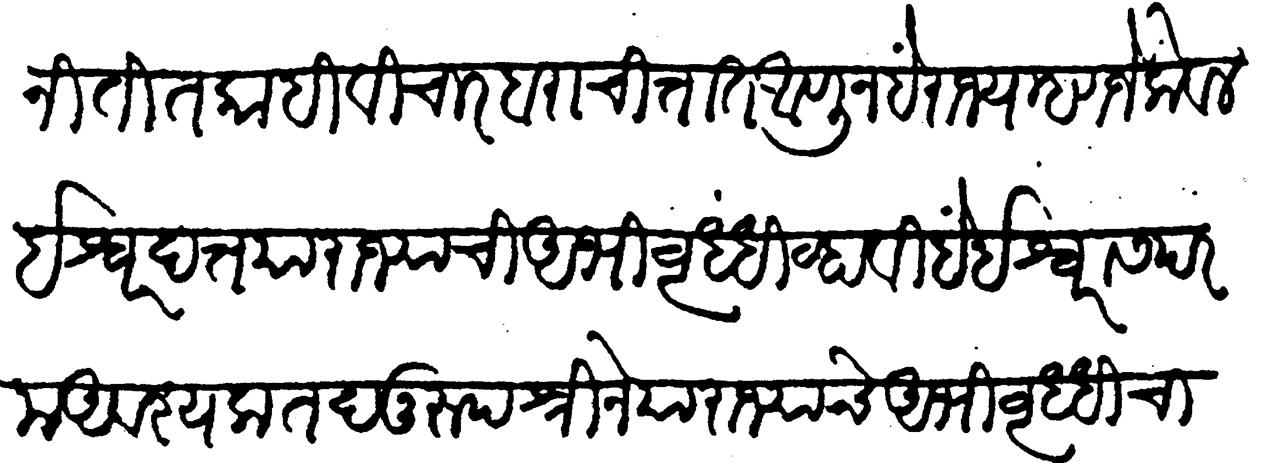
Transliteration (Devanagari): स्वामीनी तितकाहि विचार बरा चित्तात आणून हे राज्य म्हणजे केवळ ईश्वरदत्त या राज्याची अभिवृद्धि व्हावी हें ईश्वरास परम अवश्यक तदनुरूप श्रीने राज्याचे अभिवृद्धीचा